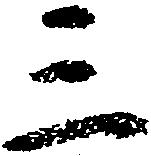
三